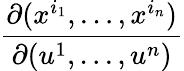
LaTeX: \frac{\partial(x^{i_{1}},\ldots,x^{i_{n}})}{\partial(u^{1},\ldots,u^{n})}